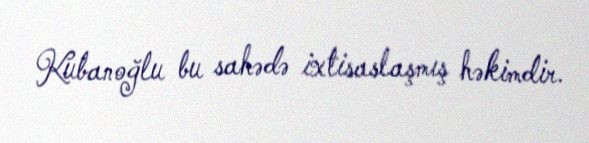
Kubanoğlu bu sahədə ixtisaslaşmış həkimdir.